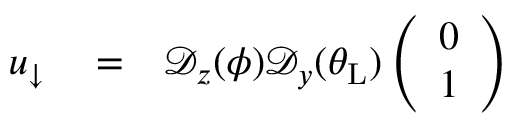
\begin{array} { r l r } { u _ { \downarrow } } & { { } = } & { \mathcal { D } _ { z } ( \phi ) \mathcal { D } _ { y } ( \theta _ { \mathrm { L } } ) \left( \begin{array} { c } { 0 } \\ { 1 } \end{array} \right) } \end{array}